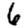
Digit: 6